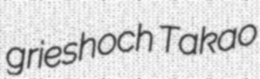
grieshoch Takao